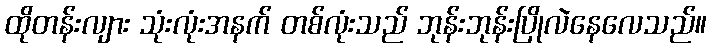
ထိုတန်းလျား သုံးလုံးအနက် တစ်လုံးသည် ဘုန်းဘုန်းပြိုလဲနေလေသည်။